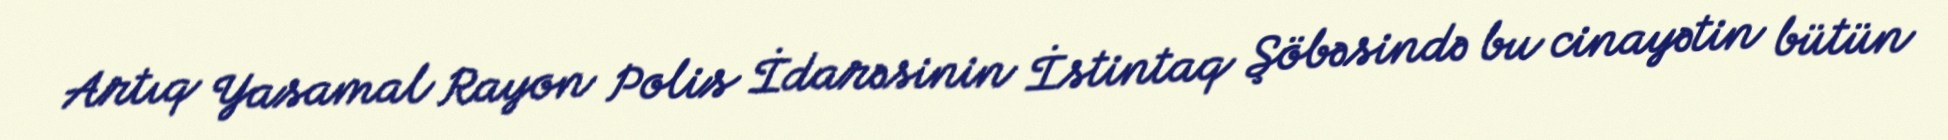
Artıq Yasamal Rayon Polis İdarəsinin İstintaq Şöbəsində bu cinayətin bütün